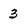
Character: 3